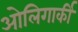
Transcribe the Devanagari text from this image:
ओलिगार्की